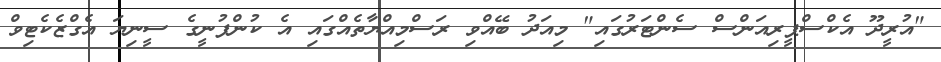
"އުރީދޫ އެކްސްޕީރިއަންސް ސެންޓަރުގައި" މިއަދު ބޭއްވި ރަސްމިއްޔާތެއްގައި އެ ކުންފުނީގެ ސީނިޔަ އެގްޒެކެޓިވް